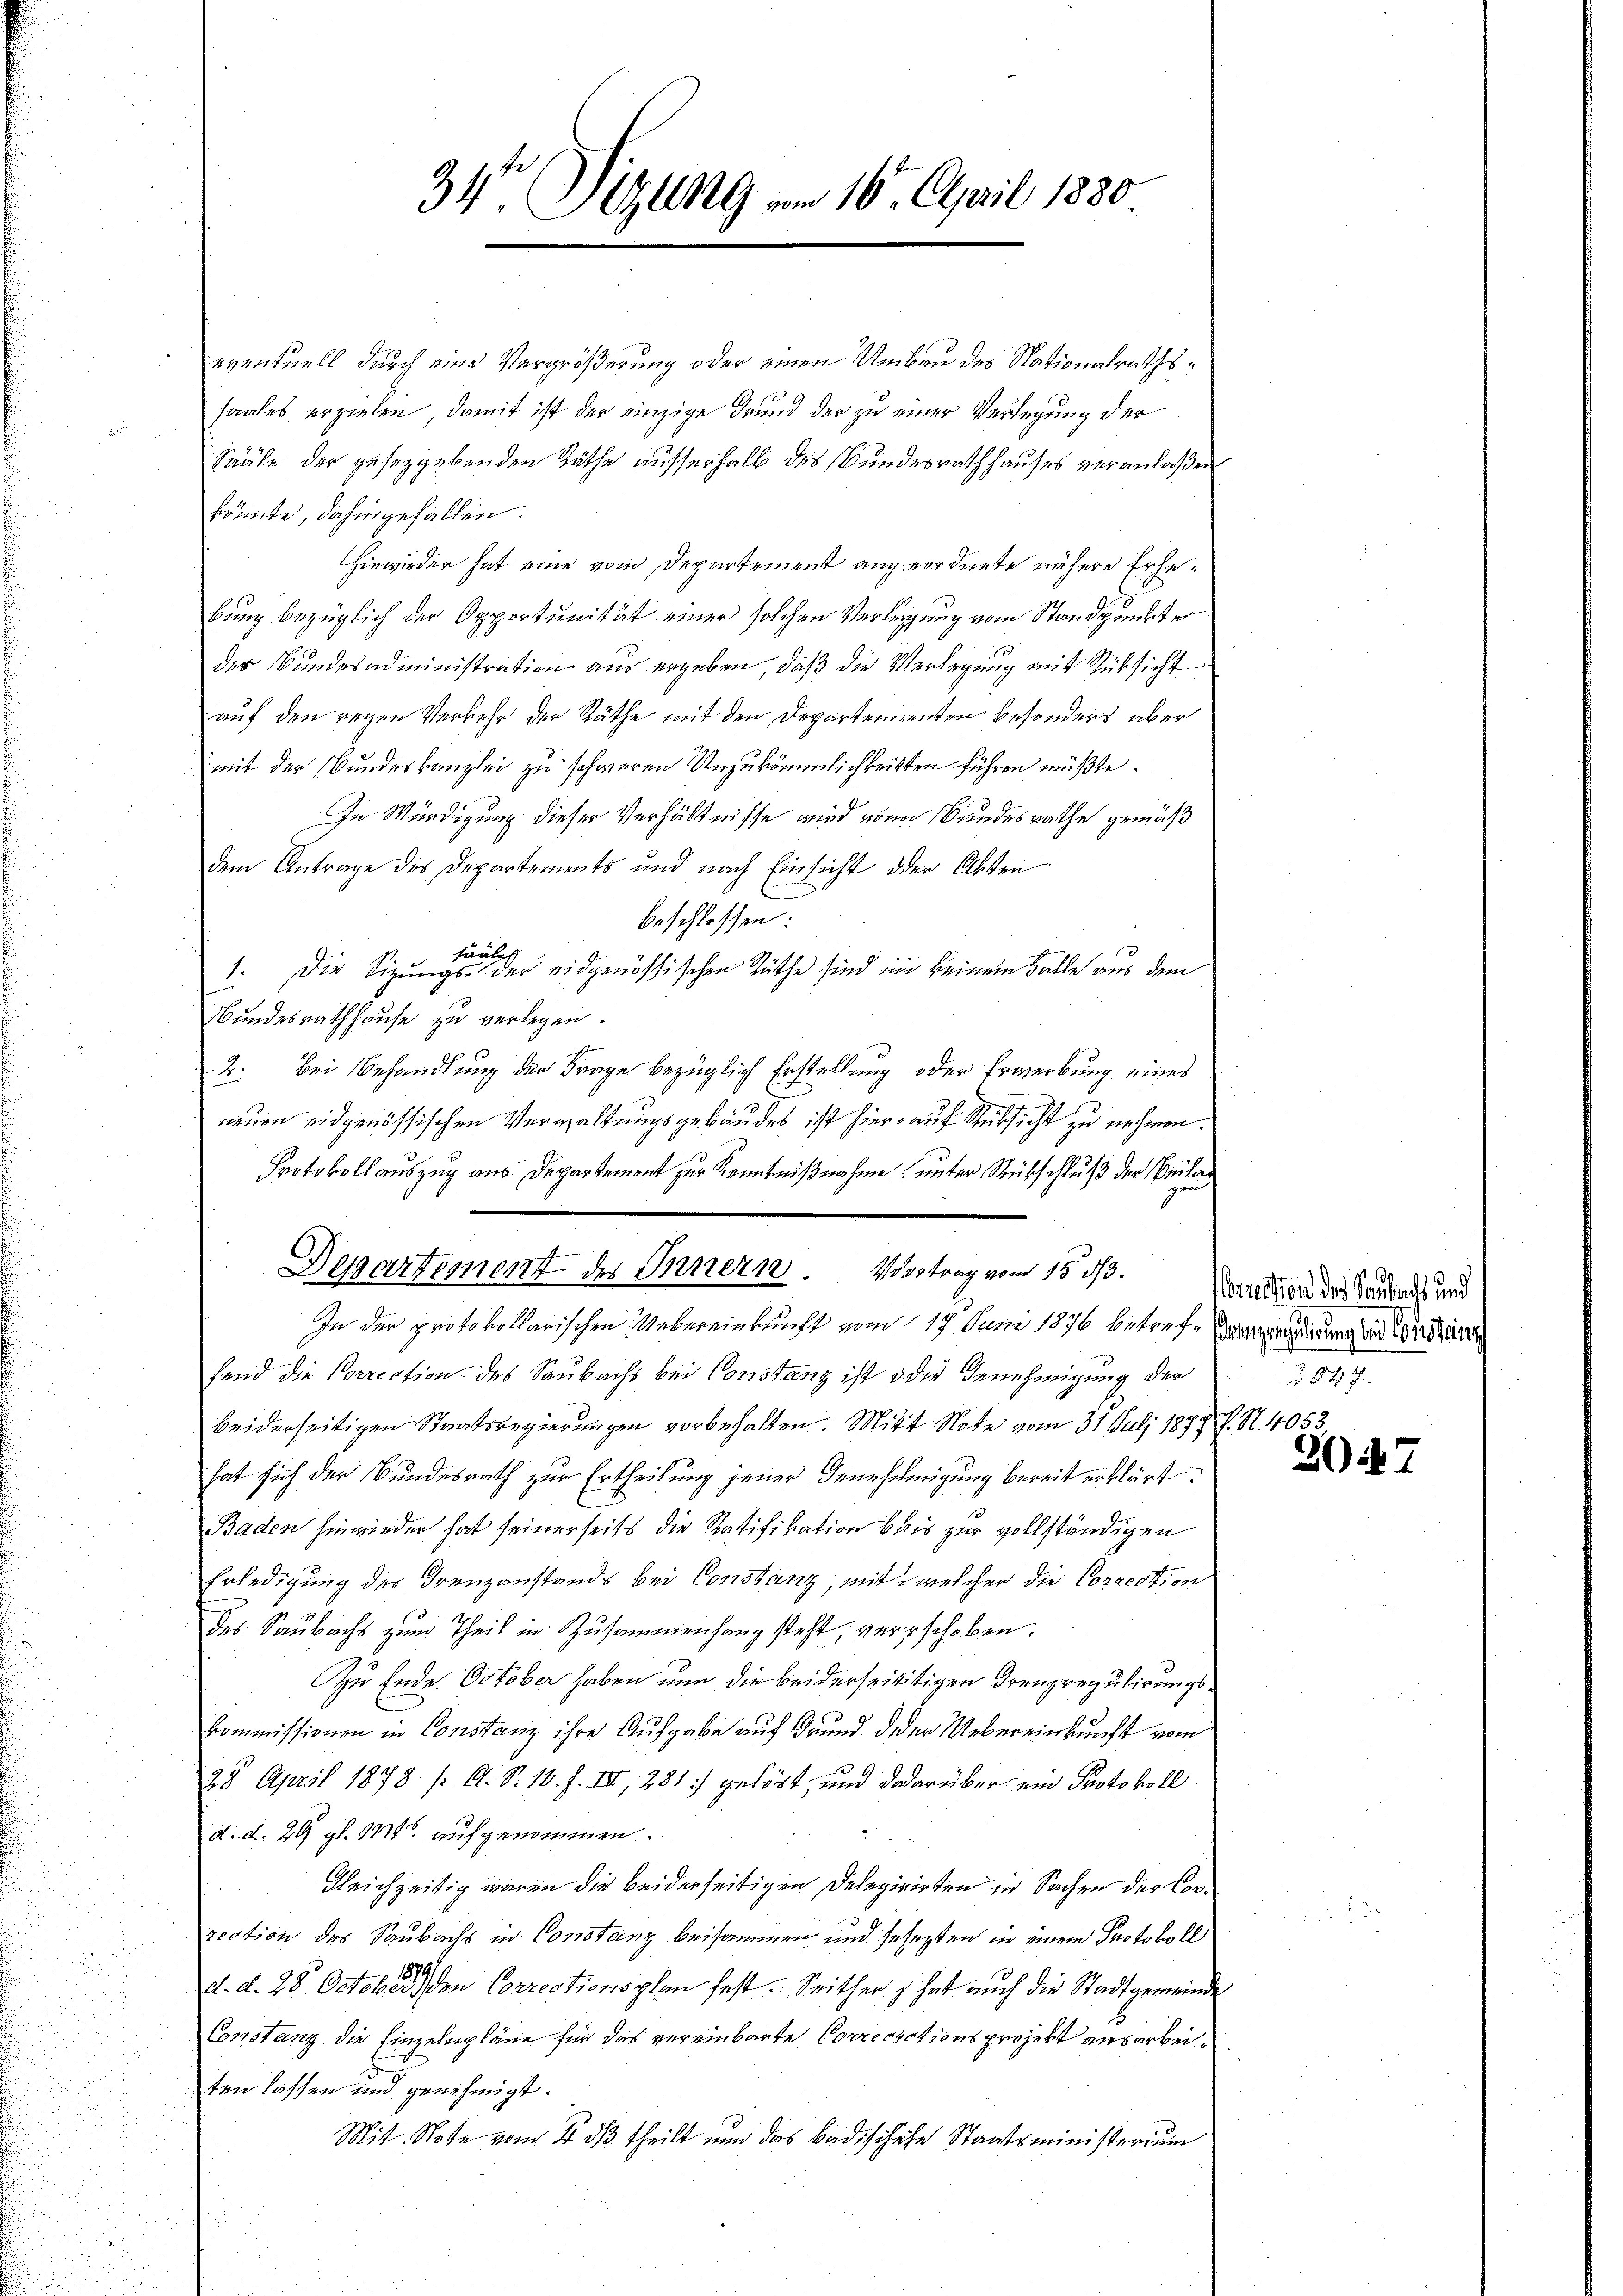
34te Sitzung am 16. April 1830

eventuell durch eine Vergrößerung oder einen Umbau des Nationalrathssaales erzielen, damit ist der einzige Grund der zu einer Verlegung der
8
Saäle der gesetzgebenden Räthe ausserhalb des Bundesrathhauses veranlaßen
könnte, dahingefallen.
Hiewieder hat eine vom Departement angeordnete nähere Erhebung bezüglich der Opportunität einer solchen Verlegung vom Standpunkte
der Bundesadministration aus ergeben, daß die Verlegung mit Rücksicht
auf den regen Verkehr der Räthe mit den Departementen besonders aber
mit der Bundeskanzlei zu schweren Unzukömmlichkeitten führen müßte.
In Würdigung dieser Verhältnisse wird von Bundesrathe gemäß
dem Antrage des Departements und nach Einsicht oder Akten
beschlossen:
fäulch
1. Die Sitzungs- der eidgenössischen Räthe sind und keinem Falle aus dem
.
Bundesrathhause zu verlegen.
2. Bei Behandlung der Frage bezüglich Erstellung oder Erwerbung eines
neuen eidgenössischen Verwaltungsgebäudes ist hier auf Rücksicht zu nehmen.
Protokoll auszug aus Departement zur Kenntnißnahme unter Rübschluß der Beila¬
Departement des Innern. Vortrag vom 15. ds. Kaution des Laubart und
In der protokollarischen Uebereinkunft vom 19. Juni 1876 betref- angendigung die Constan
fend die Correction des Saubachs bei Constanz ist die Genehmigung der
beiderseitigen Staatsregierungen vorbehalten. Mitt Note vom 31. Juli 1879 f. S. 4053
hat sich der Bundesrath zur Ertheilung jener Genehmigung bereit erklärt
Baden hinwieder hat seinerseits die Ratifikation bis zur vollständigen
Erledigung des Trenzanstands bei Constanz, mit welcher die Correction
Das Saubachs zum Theil in Zusammenhang steht, verschoben.
Zu Ende October haben nun die beiderseitigen Treuzregulirungs¬
Commissionen in Constanz ihre Aufgabe auf Grund deder Uebereinkunft vom
28. April 1878 / A. S. 11. J. III, 281) gelöst, und dadarüber ein Protokoll
d. d. 29 gl. 1784. aufgenommen.
Gleichzeitig waren die beiderseitigen Delegirirten in Sachen der Correction des Saubachs in Constanz beisammen und sehegten in einem Protokoll
d. d. 28. October den Correctionsplan fest. Seither  hat auch die Stadtgemeinde
Constanz die Einzelnpläne für das vereinbarte Correcrations projekt ausarbeiten lassen und genehmigt.
Mit. Note vom 8. dβ theilt und das Badischehe Staatsministerium

2647.

3047